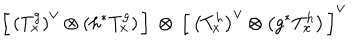
LaTeX: \left[ \, \left( T _ { x } ^ { g } \right) ^ { \vee } \otimes \left( h ^ { * } T _ { x } ^ { g } \right) \, \right] \: \otimes \: \left[ \, \left( T _ { x } ^ { h } \right) ^ { \vee } \otimes \left( g ^ { * } T _ { x } ^ { h } \right) \, \right] ^ { \vee }